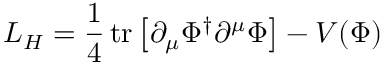
{ \cal L } _ { H } = \frac { 1 } { 4 } \, \mathrm { t r } \left[ \partial _ { \mu } \Phi ^ { \dagger } \partial ^ { \mu } \Phi \right] - V ( \Phi )